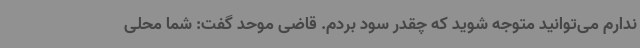
ندارم می‌توانید متوجه شوید که چقدر سود بردم. قاضی موحد گفت: شما محلی